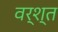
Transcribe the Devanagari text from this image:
वर्श्त